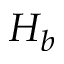
H _ { b }